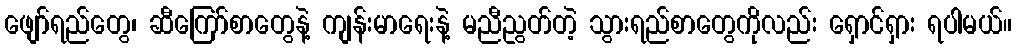
ဖျော်ရည်တွေ၊ ဆီကြော်စာတွေနဲ့ ကျန်းမာရေးနဲ့ မညီညွတ်တဲ့ သွားရည်စာတွေကိုလည်း ရှောင်ရှား ရပါမယ်။